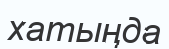
хатыңда